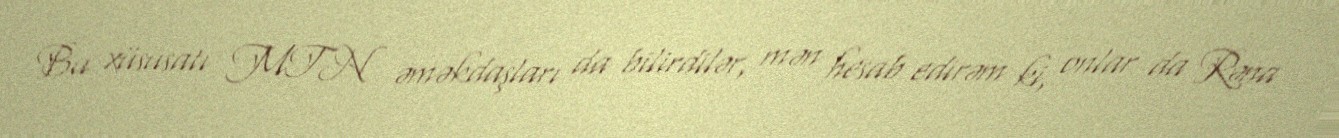
Bu xüsusatı MTN əməkdaşları da bilirdilər, mən hesab edirəm ki, onlar da Rəna